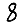
Digit: 8